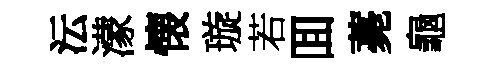
沄濛懐璇若囬薧龜